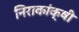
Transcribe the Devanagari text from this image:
निराकांक्षी